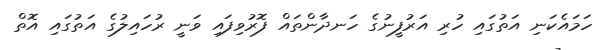
ހަމައެކަނި އަތުގައި ހުރި އަރުފީނުގެ ހަނދާންތައް ފޮރުވިފައި ވަނީ ރުހައިލުގެ އަތުގައި އޮތް